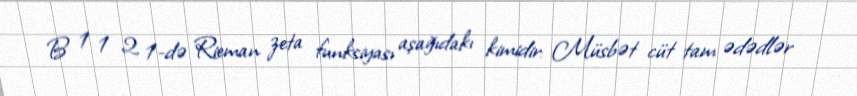
B 1 1 2 1-də Rieman zeta funksiyası aşağıdakı kimidir: Müsbət cüt tam ədədlər